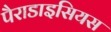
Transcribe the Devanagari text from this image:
पैराडाइसियस